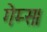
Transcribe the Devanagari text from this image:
गेम्स।